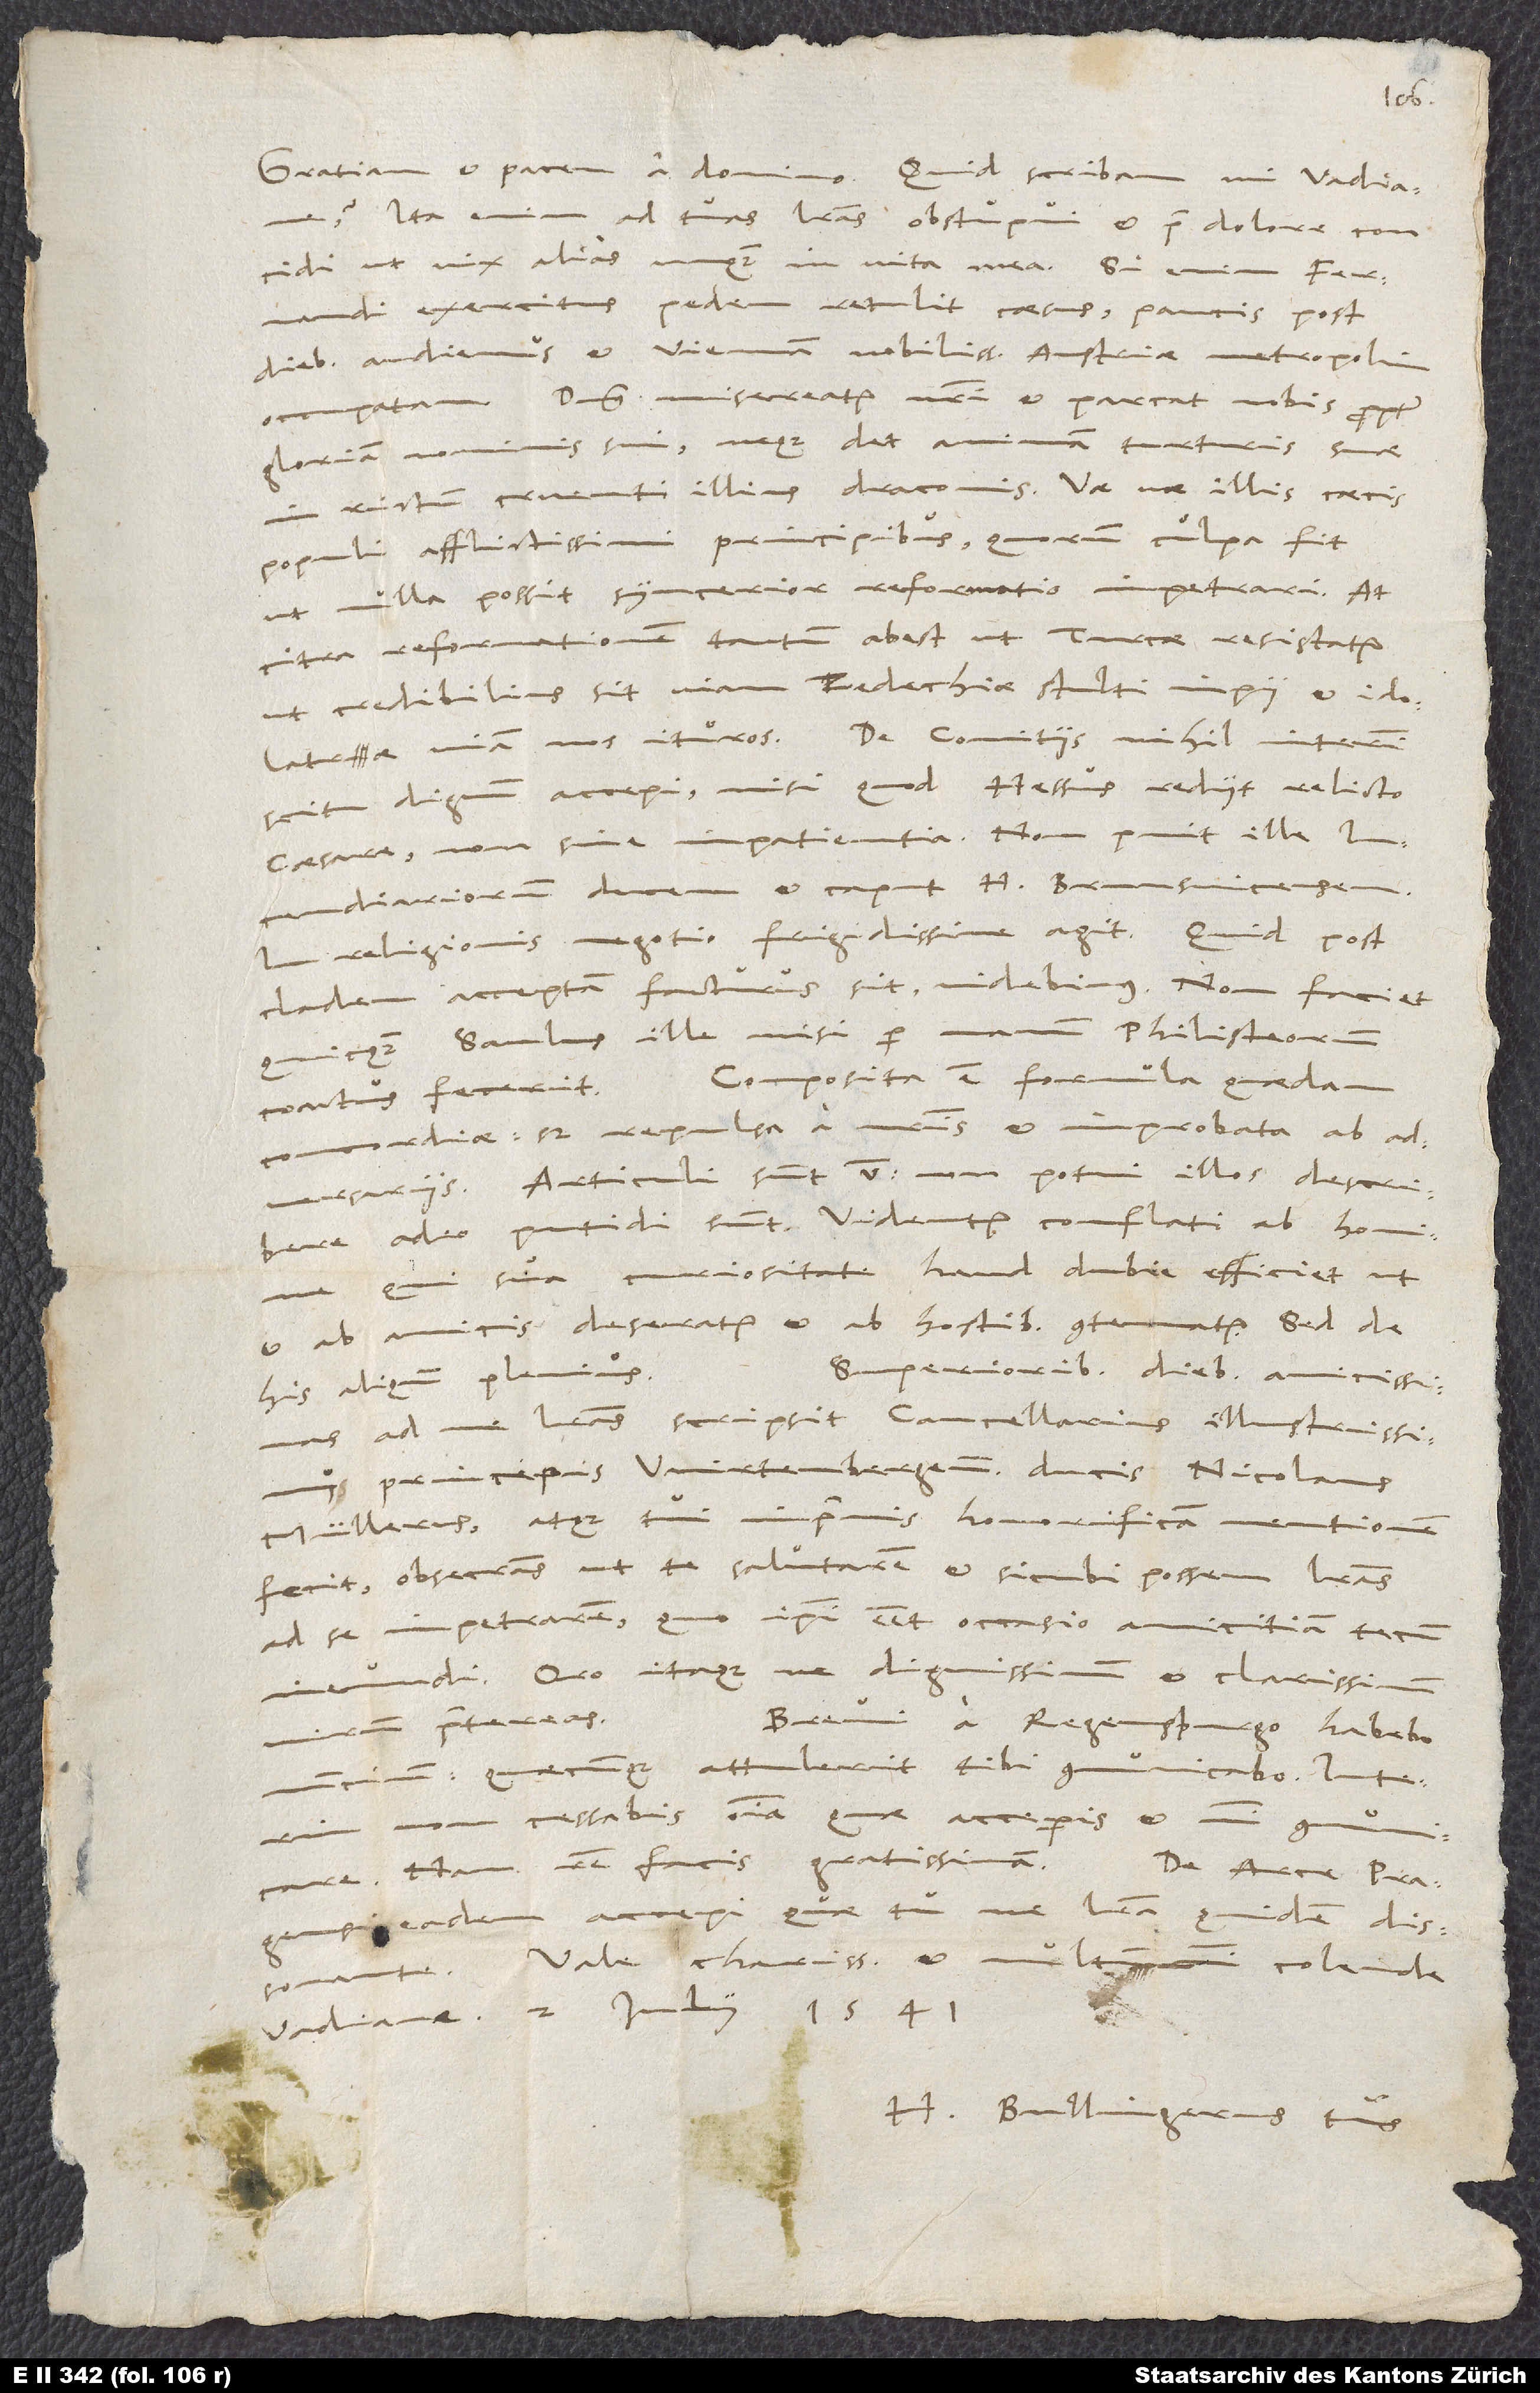
Gratiam et pacem a domino. Quid scribam, mi Vadiane?
Ita enim ad tuas literas obstupui et, pro dolore concidi,
ut vix alias unquam in vita mea. Si enim Fernandi
exercitus pedem retulit caesus, paucis post
diebus audiemus et Viennam, nobilissimam Austriae metropolim,
occupatam. Dominus misereatur nostri et parcat nobis propter
gloriam nominis sui neque det animam turturis suae
in rictum cruenti illius draconis. Vae, vae illis caecis
populi afflictissimi principibus, quorum culpa fit,
ut nulla possit sincerior reformatio impetrari! At
citra reformationem tantum abest, ut Turcae resistatur,
ut credibilius sit, viam Zedechiae, stulti, impii et idol(ol)atrae
viam nos ituros. - De comitiis nihil interim
scitu dignum accepi, nisi quod Hessus rediit, relicto
Caesare non sine impatientia. Non punit ille
In religionis negotio frigidissime agit. Quid post
cladem acceptam facturus sit, videbimus. Non faciet
quicquam Saulus ille, nisi per manum Philistaeorum
coactus fecerit. Composita est formula quaedam
concordiae, sed repulsa a nostris et improbata ab
adversariis. Articuli sunt 5. Non potui illos describere,
adeo putidi sunt. Videntur conflati ab homine,
qui sua curiositate haud dubie efficiet, ut
et ab amicis deseratur et ab hostibus contemnatur. Sed de
Superioribus diebus amicissimas
his aliquando plenius.
ad me literas scripsit cancellarius illustrissimus
principis Wirtenbergensis ducis, Nicolaus
Müllerus, atque tui inprimis honorificam mentionem
fecit, obsecrans, ut te salutarem et, sicubi possem, literas
ad se impetrarem, quo ipsi esset occasio amicitiam tecum
ineundi. Oro itaque, ne dignissimum et clarissimum
virum praetereas.
Brevi a Regenspurgo habebo
nuntium; quaecunque attulerit, tibi communicabo. Interim
non cessabis omnia, quae acceperis, et mihi communicare;
nam rem facis gratissimam.
De arce Pragensi
eadem accepi, quae tu, ne litera quidem dissonante.
Vale, charissime et multum mihi colende
Vadiane. 2. Iulii 1541.
Bullingerus tuus.